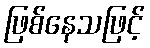
ဖြစ်နေသဖြင့်